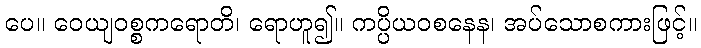
ပေ။ ဝေယျဝစ္စကရောတိ၊ ရောဟူ၍။ ကပ္ပိယဝစနေန၊ အပ်သောစကားဖြင့်။